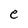
Character: e